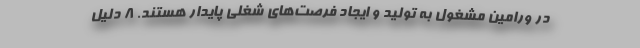
در ورامین مشغول به تولید و ایجاد فرصت‌های شغلی پایدار هستند. 8 دلیل